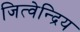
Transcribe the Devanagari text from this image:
जित्वेन्द्रिय